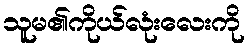
သူမ၏ကိုယ်လုံးလေးကို